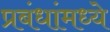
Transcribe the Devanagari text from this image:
प्रबंधांमध्ये